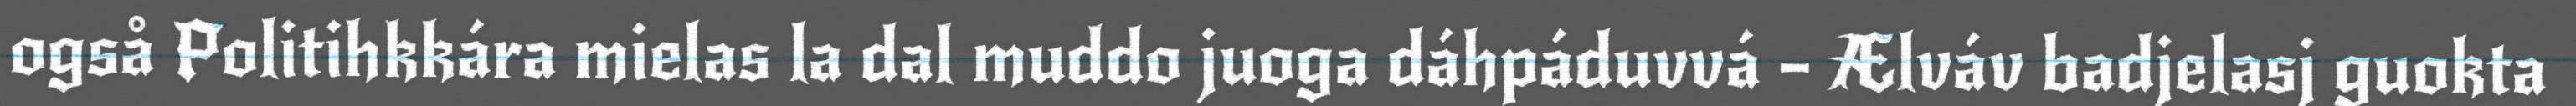
også Politihkkára mielas la dal muddo juoga dáhpáduvvá – Ælváv badjelasj guokta